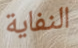
النفاية